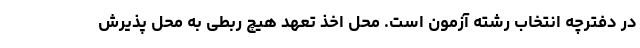
در دفترچه انتخاب رشته آزمون است. محل اخذ تعهد هیچ ربطی به محل پذیرش